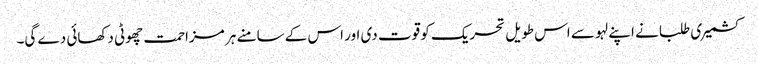
کشمیری طلبا نے اپنے لہو سے اس طویل تحریک کو قوت دی اور اس کے سامنے ہر مزاحمت چھوٹی دکھائی دے گی۔